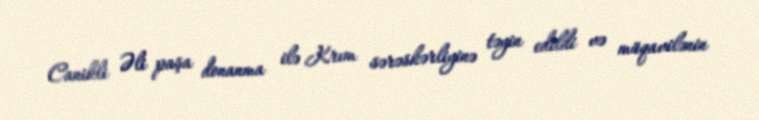
Canikli Əli paşa donanma ilə Krım sərəskərliyinə təyin edildi və müqavilənin